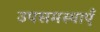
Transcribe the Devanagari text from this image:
उपसमस्याएँ